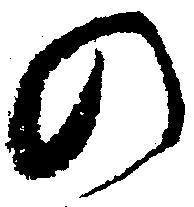
の